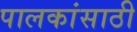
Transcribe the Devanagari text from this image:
पालकांसाठी